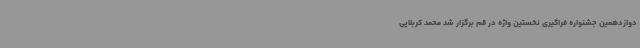
دوازدهمین جشنواره فراگیری نخستین واژه در قم برگزار شد محمد کربلایی